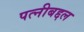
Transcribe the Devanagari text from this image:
पत्नीबद्दल